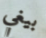
بيغي